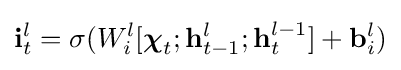
\mathbf {i} _{t}^{l}=\sigma (W_{i}^{l}[{\boldsymbol {\chi }}_{t};\mathbf {h} _{t-1}^{l};\mathbf {h} _{t}^{l-1}]+\mathbf {b} _{i}^{l})